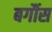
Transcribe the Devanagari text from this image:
बर्गौस